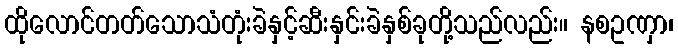
ထိုလောင်တတ်သောသံတုံးခဲနှင့်ဆီးနှင်းခဲနှစ်ခုတို့သည်လည်း။ နစဥဏှာ၊